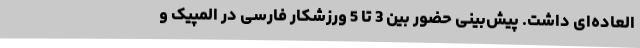
العاده‌ای داشت. پیش‌بینی حضور بین 3 تا 5 ورزشکار فارسی در المپیک و